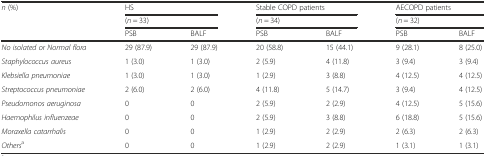
<table><thead><tr><td rowspan="3"><b><i>n</i> (%)</b></td><td colspan="2"><b>HS</b></td><td colspan="2"><b>Stable COPD patients</b></td><td colspan="2"><b>AECOPD patients</b></td></tr><tr><td colspan="2"><b>(<i>n</i> = 33)</b></td><td colspan="2"><b>(<i>n</i> = 34)</b></td><td colspan="2"><b>(<i>n</i> = 32)</b></td></tr><tr><td><b>PSB</b></td><td><b>BALF</b></td><td><b>PSB</b></td><td><b>BALF</b></td><td><b>PSB</b></td><td><b>BALF</b></td></tr></thead><tbody><tr><td><i>No isolated or Normal flora</i></td><td>29 (87.9)</td><td>29 (87.9)</td><td>20 (58.8)</td><td>15 (44.1)</td><td>9 (28.1)</td><td>8 (25.0)</td></tr><tr><td><i>Staphylococcus aureus</i></td><td>1 (3.0)</td><td>1 (3.0)</td><td>2 (5.9)</td><td>4 (11.8)</td><td>3 (9.4)</td><td>3 (9.4)</td></tr><tr><td><i>Klebsiella pneumoniae</i></td><td>1 (3.0)</td><td>1 (3.0)</td><td>1 (2.9)</td><td>3 (8.8)</td><td>4 (12.5)</td><td>4 (12.5)</td></tr><tr><td><i>Streptococcus pneumoniae</i></td><td>2 (6.0)</td><td>2 (6.0)</td><td>4 (11.8)</td><td>5 (14.7)</td><td>3 (9.4)</td><td>4 (12.5)</td></tr><tr><td><i>Pseudomonos aeruginosa</i></td><td>0</td><td>0</td><td>2 (5.9)</td><td>2 (2.9)</td><td>4 (12.5)</td><td>5 (15.6)</td></tr><tr><td><i>Haemophilus influenzeae</i></td><td>0</td><td>0</td><td>2 (5.9)</td><td>3 (8.8)</td><td>6 (18.8)</td><td>5 (15.6)</td></tr><tr><td><i>Moraxella catarrhalis</i></td><td>0</td><td>0</td><td>1 (2.9)</td><td>2 (2.9)</td><td>2 (6.3)</td><td>2 (6.3)</td></tr><tr><td><i>Others</i><sup>a</sup></td><td>0</td><td>0</td><td>1 (2.9)</td><td>2 (2.9)</td><td>1 (3.1)</td><td>1 (3.1)</td></tr></tbody></table>